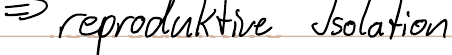
=> reproduktive Isolation